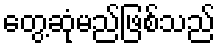
တွေ့ဆုံမည်ဖြစ်သည်